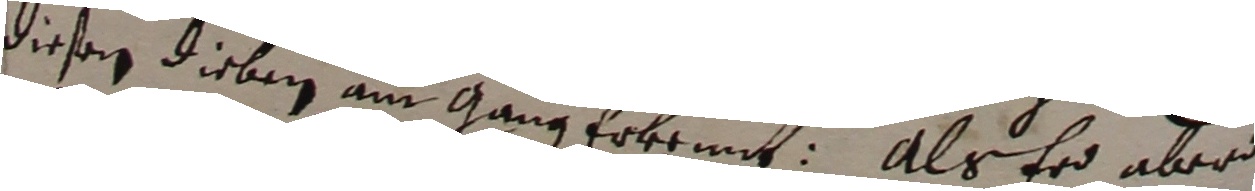
diesen dieben aus gang erkennt. Als erd aber